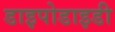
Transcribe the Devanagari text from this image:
डाइपोडाइडी